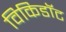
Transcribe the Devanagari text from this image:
विकिडॉट